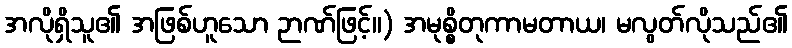
အလိုရှိသူ၏ အဖြစ်ဟူသော ဉာဏ်ဖြင့်။) အမုစ္စိတုကာမတာယ၊ မလွတ်လိုသည်၏